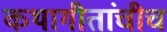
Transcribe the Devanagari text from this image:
कथागीतांचीच